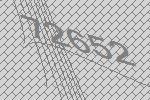
72652